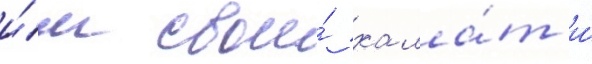
и́м свои́ хала́т и́